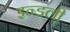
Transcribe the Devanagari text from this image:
इन्डली